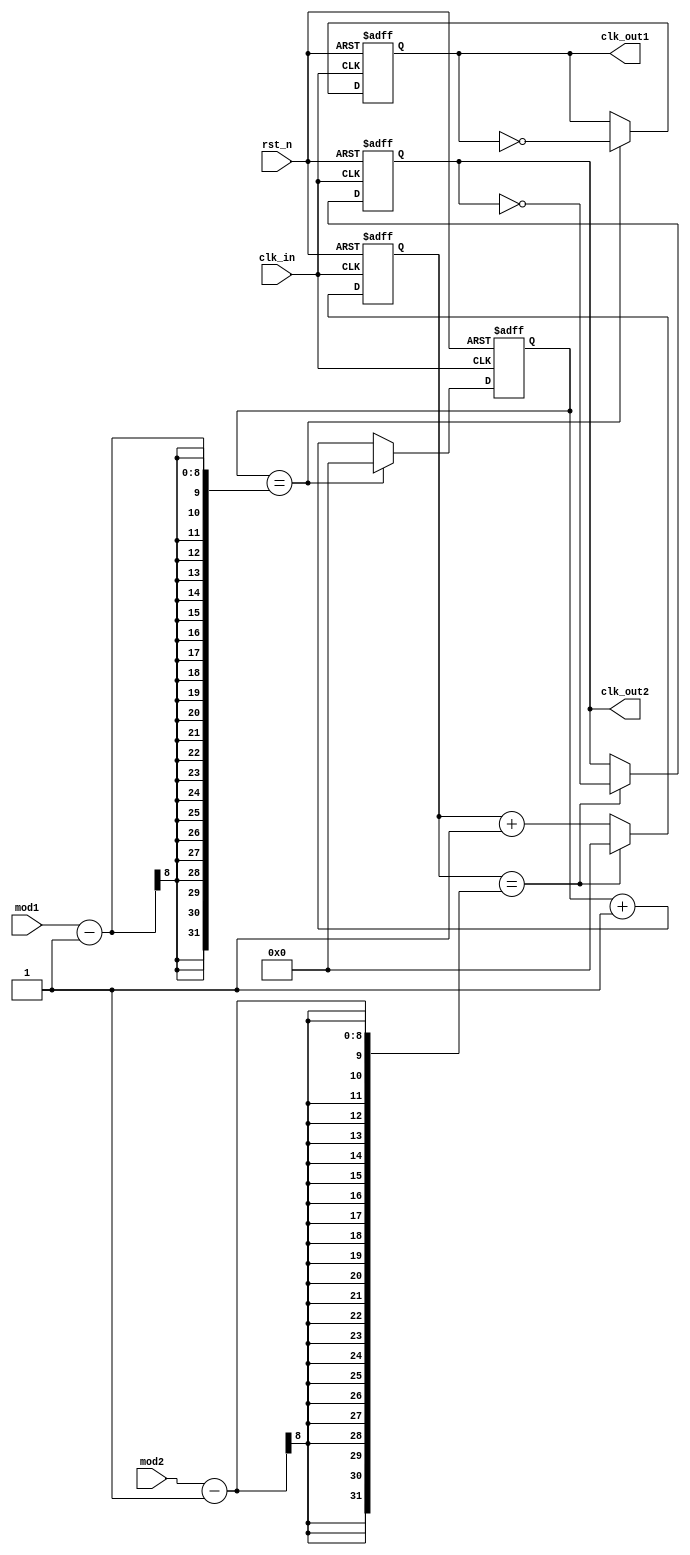
module dual_modulus_clock_divider (
    input wire clk_in,
    input wire rst_n,
    input wire [7:0] mod1,
    input wire [7:0] mod2,
    output wire clk_out1,
    output wire clk_out2
);

reg [7:0] counter1 = 8'd0;
reg [7:0] counter2 = 8'd0;
reg q1, q2;
reg q1_sync, q2_sync;

always @(posedge clk_in or negedge rst_n) begin
    if (~rst_n) begin
        counter1 <= 8'd0;
        counter2 <= 8'd0;
        q1 <= 1'b0;
        q2 <= 1'b0;
    end else begin
        if (counter1 == mod1 - 1) begin
            counter1 <= 8'd0;
            q1 <= ~q1;
        end else begin
            counter1 <= counter1 + 1;
        end
        
        if (counter2 == mod2 - 1) begin
            counter2 <= 8'd0;
            q2 <= ~q2;
        end else begin
            counter2 <= counter2 + 1;
        end
    end
end

assign clk_out1 = q1;
assign clk_out2 = q2;

always @(posedge clk_in) begin
    q1_sync <= q1;
    q2_sync <= q2;
end

endmodule